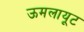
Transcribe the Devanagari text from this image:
ऊमलायूट